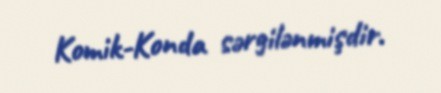
Komik-Konda sərgilənmişdir.